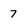
Character: 7